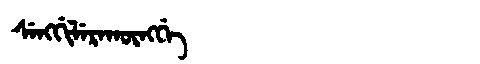
Manchu: ᠰᡝᠩᡤᡳᠯᡝᡵᠠᡴᡡᠩᡤᡝ
Romanization: SENGGILERAKŪNGGE